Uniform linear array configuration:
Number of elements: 48
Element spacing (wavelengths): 1
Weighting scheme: kaiser
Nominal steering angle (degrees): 45
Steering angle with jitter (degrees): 43.792
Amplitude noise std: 0.05
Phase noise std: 0.05

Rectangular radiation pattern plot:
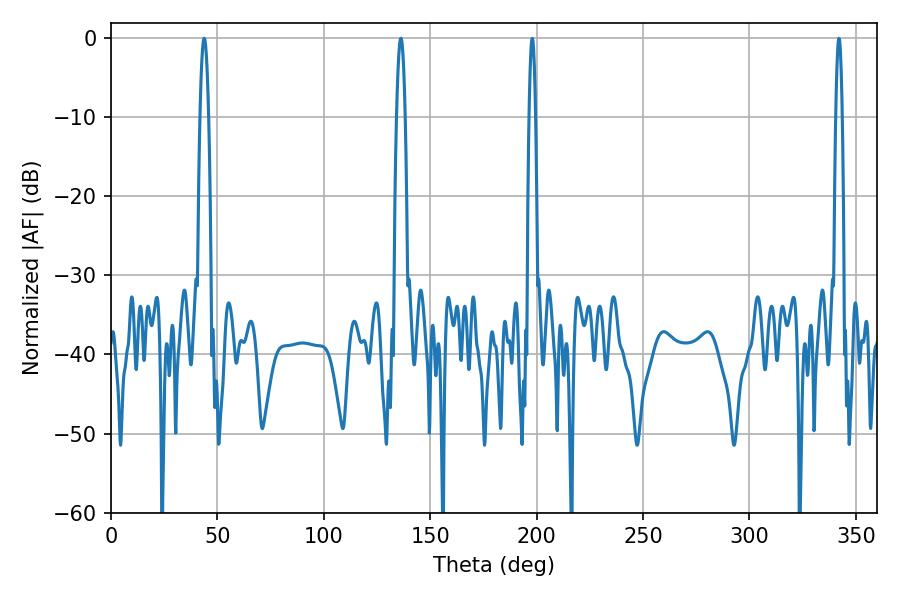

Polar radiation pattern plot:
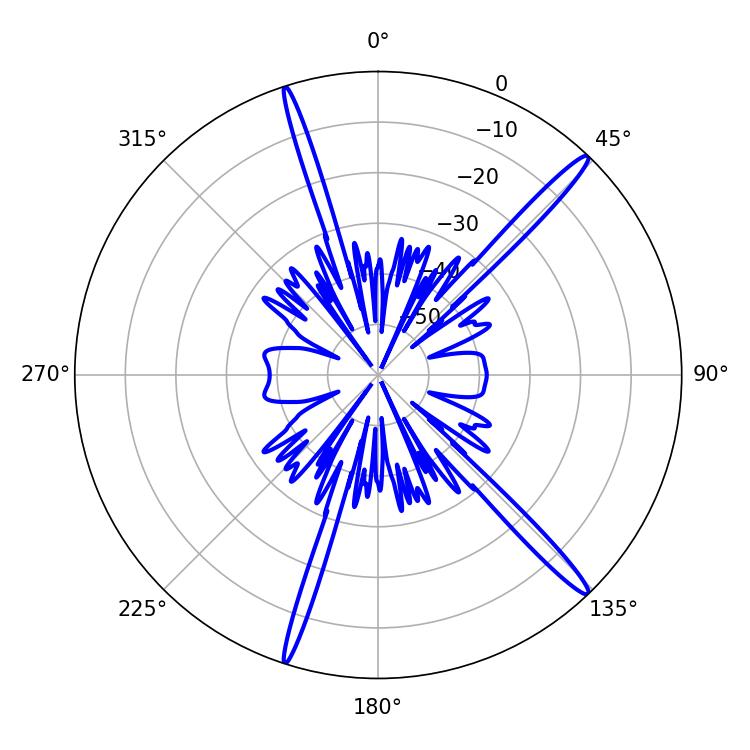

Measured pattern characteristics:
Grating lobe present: TRUE
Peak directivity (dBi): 17.084
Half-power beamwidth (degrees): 2.16
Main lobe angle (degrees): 43.74